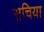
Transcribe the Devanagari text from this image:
सचिया